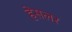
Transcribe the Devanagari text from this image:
हेसलर